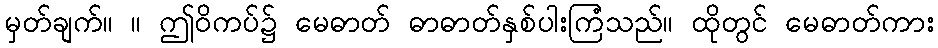
မှတ်ချက်။ ။ ဤဝိကပ်၌ မေဓာတ် ဓာဓာတ်နှစ်ပါးကြံသည်။ ထိုတွင် မေဓာတ်ကား